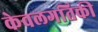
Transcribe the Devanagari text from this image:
केवलगतिकी